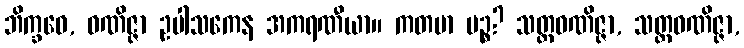
ဘိက္ခဝေ, ဝဏိဇ္ဇာ ဥပါသကေန အကရဏီယာ။ ကတမာ ပဉ္စ? သတ္ထဝဏိဇ္ဇာ, သတ္တဝဏိဇ္ဇာ,